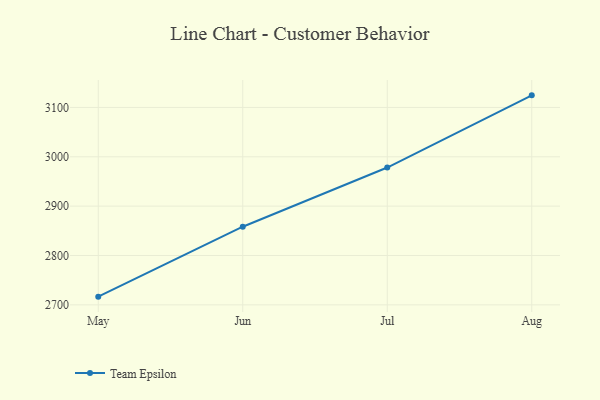
{"axis": {"x": "Month", "y": "Active Users"}, "legend": ["Team Epsilon"], "data": [{"x": "May", "y": 2716.6, "type": "Team Epsilon"}, {"x": "Jun", "y": 2858.3, "type": "Team Epsilon"}, {"x": "Jul", "y": 2978.2, "type": "Team Epsilon"}, {"x": "Aug", "y": 3124.5, "type": "Team Epsilon"}]}